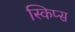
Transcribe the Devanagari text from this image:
स्किप्स